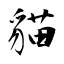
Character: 貓